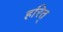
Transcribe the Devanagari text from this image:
हरित्‌